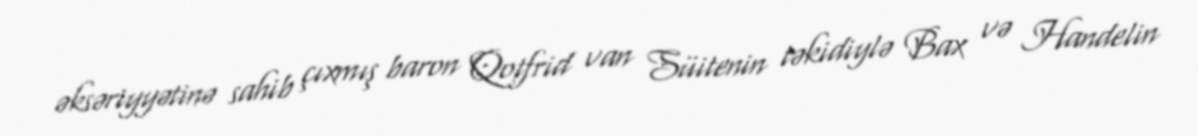
əksəriyyətinə sahib çıxmış baron Qotfrid van Süitenin təkidiylə Bax və Handelin